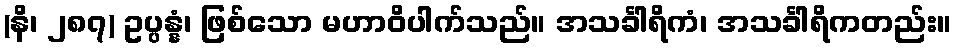
(နိ၊ ၂၈၇) ဥပ္ပန္နံ၊ ဖြစ်သော မဟာဝိပါက်သည်။ အသင်္ခါရိကံ၊ အသင်္ခါရိကတည်း။